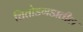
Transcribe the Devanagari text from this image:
चितोडगडातील